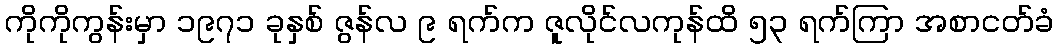
ကိုကိုကွန်းမှာ ၁၉၇၁ ခုနှစ် ဇွန်လ ၉ ရက်က ဇူလိုင်လကုန်ထိ ၅၃ ရက်ကြာ အစာငတ်ခံ